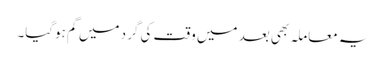
یہ معاملہ بھی بعد میں وقت کی گرد میں گم ہوگیا۔